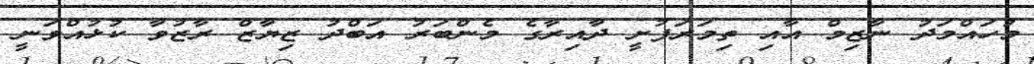
މުހައްމަދު ނާޒިމް އާއި ތިމަރަފުށީ ދާއިރާގެ މެންބަރު އަބްދު ޒިޔާޒް ރާޒުވާ ކުޅުއްވަނީ